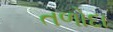
તળોદા